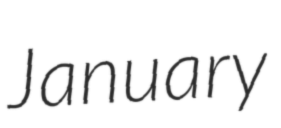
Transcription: January